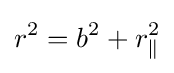
r^{2}=b^{2}+r_{\parallel }^{2}